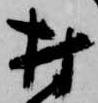
村